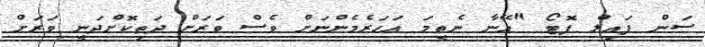
ސަން ފައިލް ފޮޓޯ "އޭނާ ނެތީމަ އަހަރެމެންނަށް ވެސް ވަރަށް ދަތިކޮށްދަނީ ވަރަށް